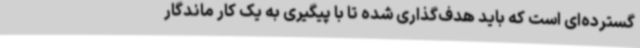
گسترده‌ای است که باید هدف‌گذاری شده تا با پیگیری به یک کار ماندگار